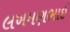
લખમણભાઈ